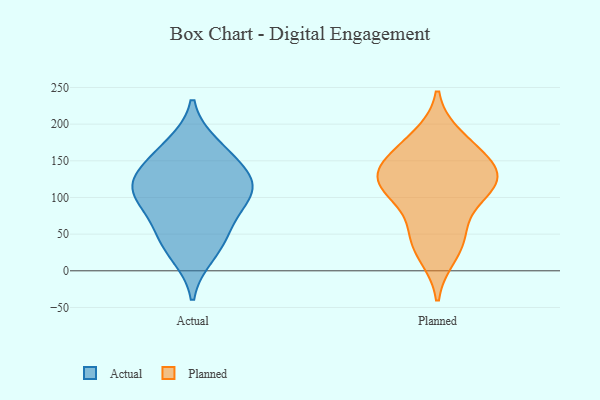
{"axis": {"x": "Headcount", "y": "Value"}, "legend": ["Actual", "Planned"], "data": [{"x": "", "y": 159, "type": "Actual"}, {"x": "", "y": 120, "type": "Actual"}, {"x": "", "y": 106, "type": "Actual"}, {"x": "", "y": 84, "type": "Actual"}, {"x": "", "y": 110, "type": "Actual"}, {"x": "", "y": 137, "type": "Actual"}, {"x": "", "y": 58, "type": "Actual"}, {"x": "", "y": 114, "type": "Actual"}, {"x": "", "y": 42, "type": "Actual"}, {"x": "", "y": 22, "type": "Actual"}, {"x": "", "y": 171, "type": "Actual"}, {"x": "", "y": 154, "type": "Planned"}, {"x": "", "y": 127, "type": "Planned"}, {"x": "", "y": 52, "type": "Planned"}, {"x": "", "y": 120, "type": "Planned"}, {"x": "", "y": 111, "type": "Planned"}, {"x": "", "y": 45, "type": "Planned"}, {"x": "", "y": 167, "type": "Planned"}, {"x": "", "y": 23, "type": "Planned"}, {"x": "", "y": 102, "type": "Planned"}, {"x": "", "y": 134, "type": "Planned"}, {"x": "", "y": 181, "type": "Planned"}, {"x": "", "y": 125, "type": "Planned"}]}